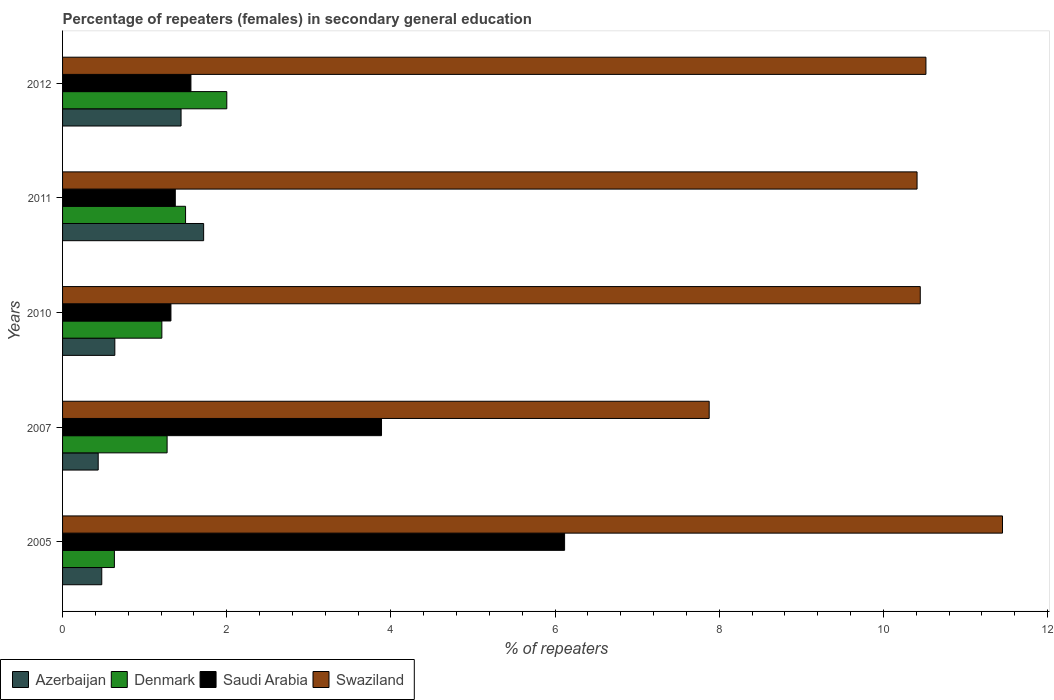
| Years | Azerbaijan | Denmark | Saudi Arabia | Swaziland |
 | --- | --- | --- | --- | --- |
 | 2005 | 0.477 | 0.631 | 6.12 | 11.4 |
 | 2007 | 0.434 | 1.27 | 3.89 | 7.88 |
 | 2010 | 0.637 | 1.21 | 1.32 | 10.4 |
 | 2011 | 1.72 | 1.5 | 1.37 | 10.4 |
 | 2012 | 1.44 | 2 | 1.56 | 10.5 |